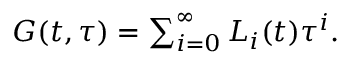
\begin{array} { r } { G ( t , \tau ) = \sum _ { i = 0 } ^ { \infty } L _ { i } ( t ) \tau ^ { i } . } \end{array}